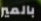
بالمير